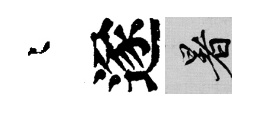
迢遂暑